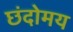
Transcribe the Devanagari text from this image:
छंदोमय